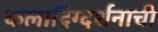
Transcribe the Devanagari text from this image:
कलादिग्दर्शनाची